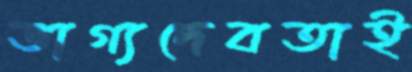
ভাগ্যদেবতাই